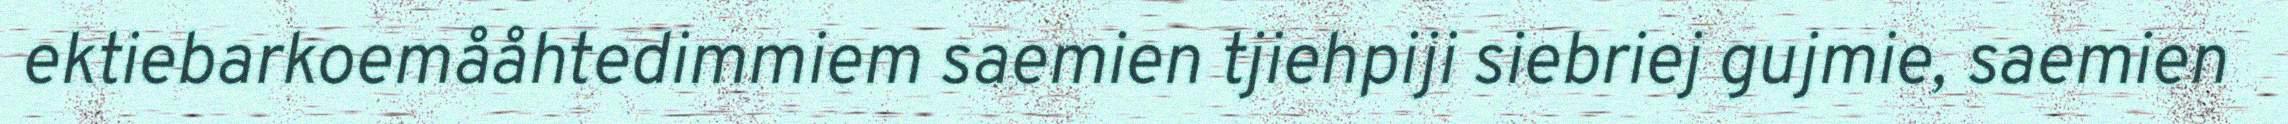
ektiebarkoemååhtedimmiem saemien tjiehpiji siebriej gujmie, saemien